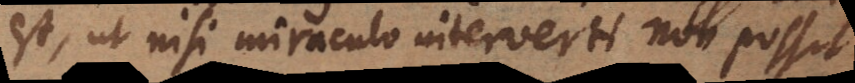
est, ut nisi miraculo interverti non possit